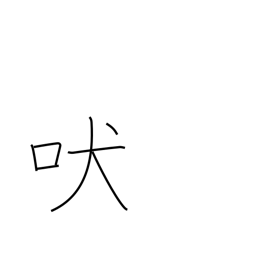
Meaning: howl